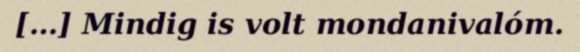
[…] Mindig is volt mondanivalóm.